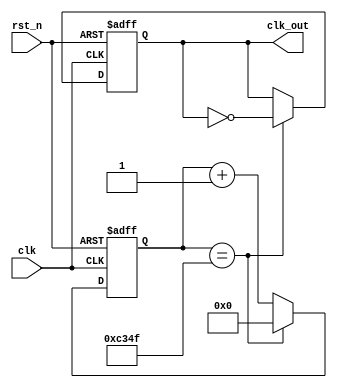
`timescale 1ns / 1ps

module clock_div_1KHz(   // 1000Hz
    input clk,
    input rst_n,
    output reg clk_out
    );
    reg [25:0]cnt;
    parameter cnts = 100000;
    always@(posedge clk,negedge rst_n)
    begin
        if(~rst_n)
        begin
            cnt <= 0;
            clk_out <= 0;
        end
        else if(cnt == (cnts>>1)-1)
        begin
            cnt <= 0;
            clk_out <= ~clk_out;
        end
        else
            cnt <= cnt + 1;
    end
endmodule